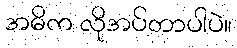
အဓိက လိုအပ်တာပါပဲ။